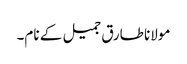
مولانا طارق جمیل کے نام۔